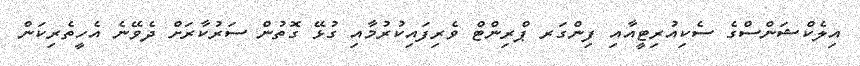
އިލެކްޝަންސްގެ ސެކިއުރިޓީއާއި ފިންގަރ ޕްރިންޓް ވެރިފައިކުރުމާއި ގުޅޭ ގޮތުން ސަރުކާރަށް ދެވޭނެ އެހީތެރިކަން